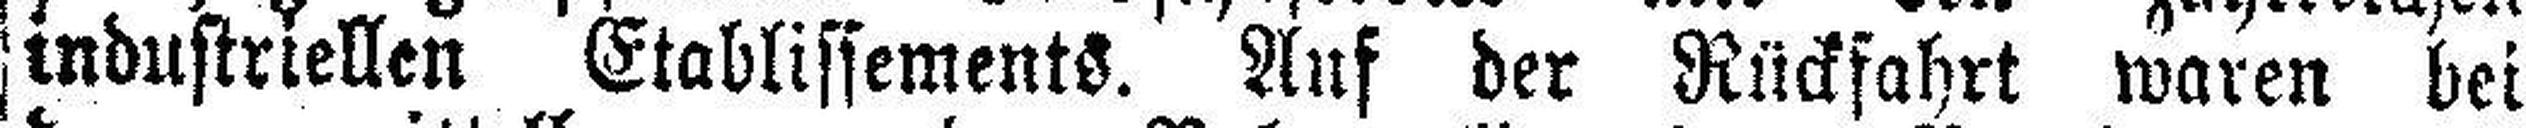
industriellen Etablissements. Auf der Rückfahrt waren bei